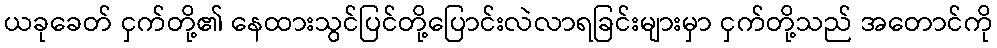
ယခုခေတ် ငှက်တို့၏ နေထားသွင်ပြင်တို့ပြောင်းလဲလာရခြင်းများမှာ ငှက်တို့သည် အတောင်ကို